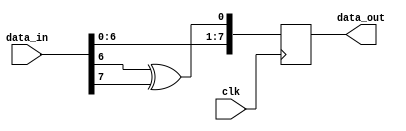
`timescale 1ns / 1ps
//////////////////////////////////////////////////////////////////////////////////
// Company: 
// Engineer: 
// 
// Design Name: 
// Module Name: scrambler_1
// Project Name: 
// Target Devices: 
// Tool Versions: 
// Description: 
// 
// Dependencies: 
// 
// Revision:
// Revision 0.01 - File Created
// Additional Comments:
// 
//////////////////////////////////////////////////////////////////////////////////


module scrambler_1 (
  input clk,
  input [7:0] data_in,
  output reg [7:0] data_out
);

  always @(posedge clk) begin
    data_out[7:1] <= data_in[6:0];
    data_out[0] <= data_in[6] ^ data_in[7];
  end
endmodule